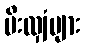
မီးလျှံများ